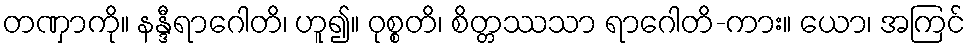
တဏှာကို။ နန္ဒီရာဂေါတိ၊ ဟူ၍။ ဝုစ္စတိ၊ စိတ္တဿသာ ရာဂေါတိ-ကား။ ယော၊ အကြင်